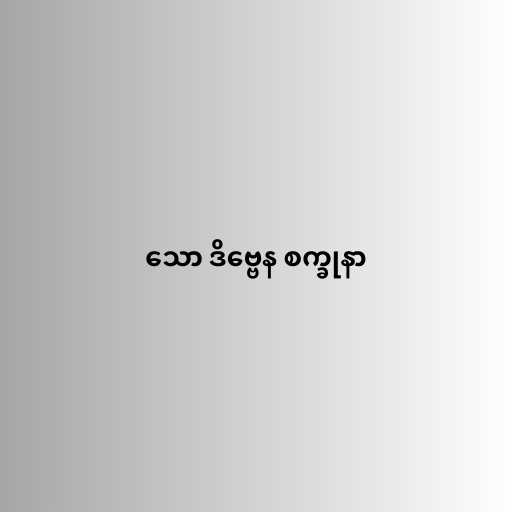
သော ဒိဗ္ဗေန စက္ခုနာ